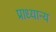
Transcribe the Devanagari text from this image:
प्राध्यान्य